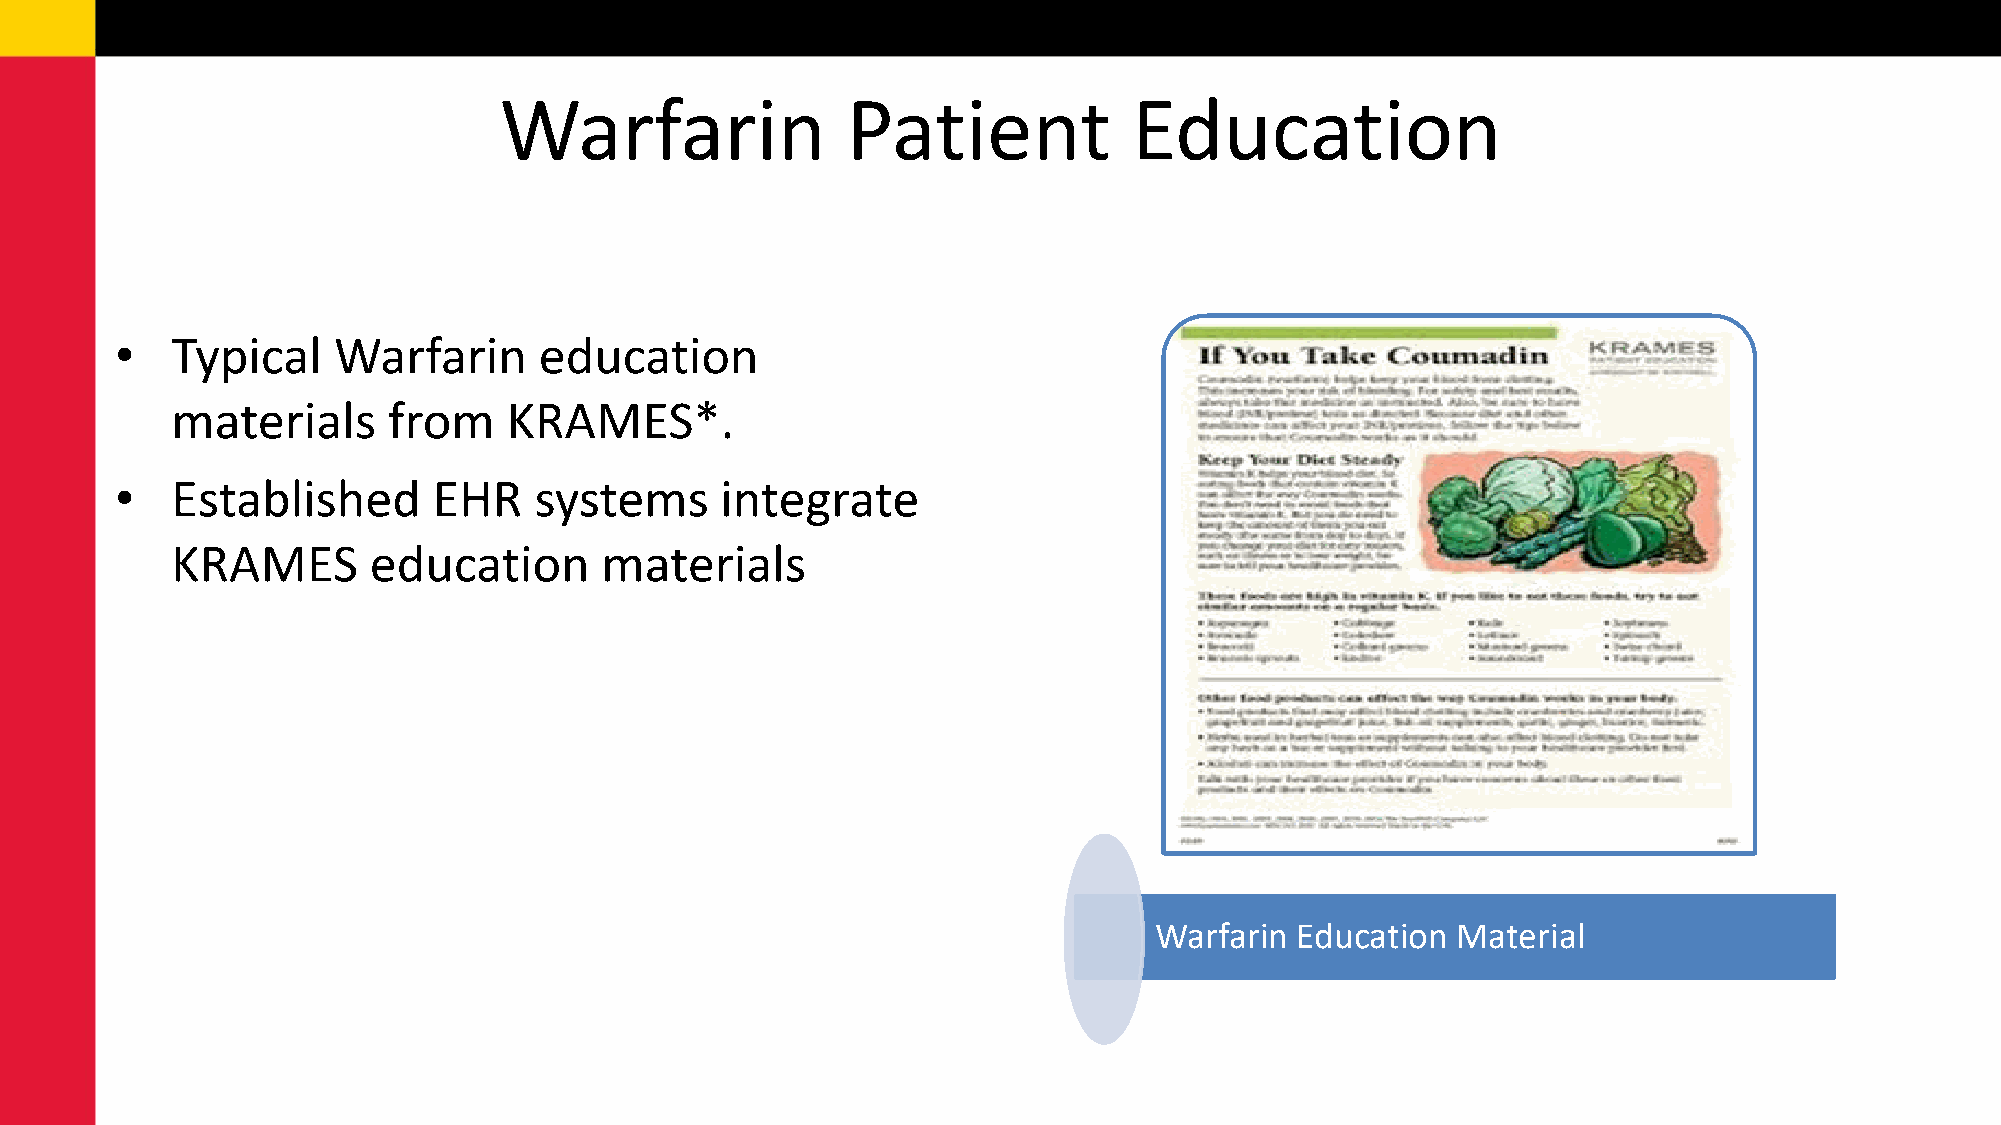
Warfarin               Patient            Education
 •  Typical    Warfarin      education
 materials      from    KRAMES*.
 •  Established       EHR   systems      integrate
 KRAMES       education       materials
 Warfarin  Education Material